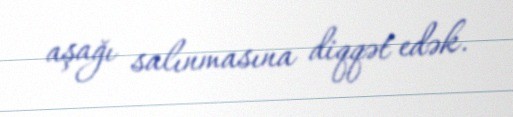
aşağı salınmasına diqqət edək.